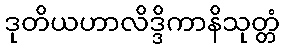
ဒုတိယဟာလိဒ္ဒိကာနိသုတ္တံ